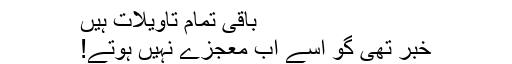
باقی تمام تاویلات ہیں
خبر تھی گو اُسے اب معجزے نہیں ہوتے!